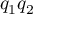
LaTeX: q _ { 1 } q _ { 2 }